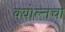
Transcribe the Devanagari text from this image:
क्योल्नचा